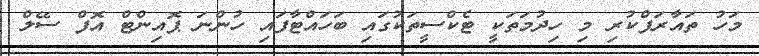
މަހު ތައާރަފްކުރި މި ހިދުމަތަކީ ޓެކްސީތަކުގައި ބަހައްޓާފައި ހުންނަ ޕޮއިންޓް އޮފް ސޭލް